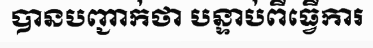
បានបញ្ជាក់ថា បន្ទាប់ពីធ្វើការ